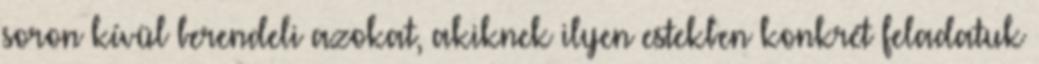
soron kívül berendeli azokat, akiknek ilyen estekben konkrét feladatuk